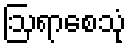
ဩရာစေသုံ